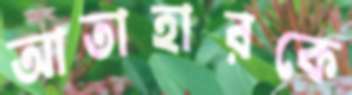
আতাহারকে